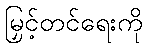
မြှင့်တင်ရေးကို